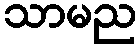
သာမည